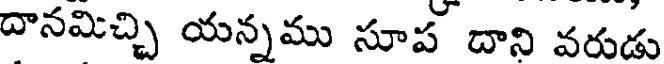
దానమిచ్చి యన్నము సూప దాని వరుడు